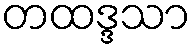
တထဒ္ဒသာ